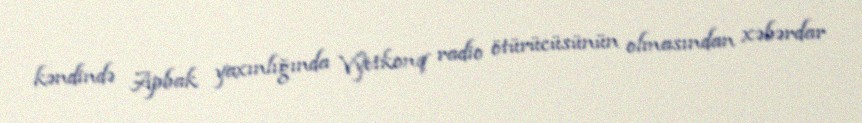
kəndində Apbak yaxınlığında Vyetkonq radio ötürücüsünün olmasından xəbərdar